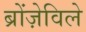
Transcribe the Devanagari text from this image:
ब्रोंज़ेविले